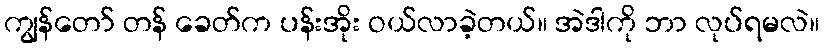
ကျွန်တော် တန် ခေတ်က ပန်းအိုး ဝယ်လာခဲ့တယ်။ အဲဒါကို ဘာ လုပ်ရမလဲ။